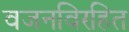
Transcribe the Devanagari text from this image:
वजनविरहित